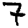
Digit: 7